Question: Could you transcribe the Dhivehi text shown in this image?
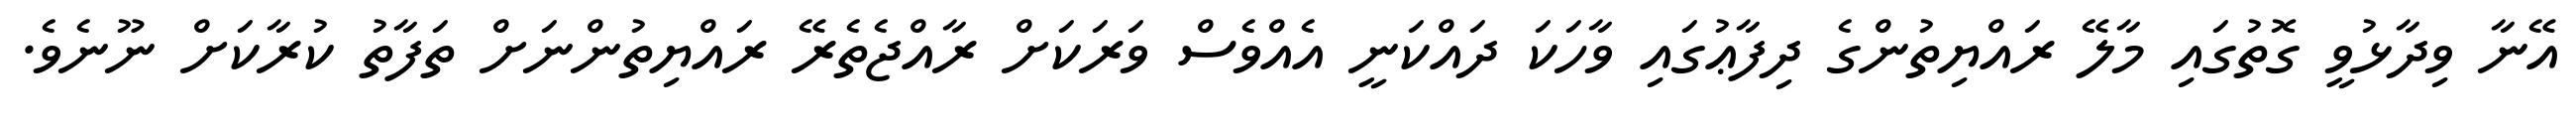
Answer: އޭނާ ވިދާޅުވީ ގޮތުގައި މާލޭ ރައްޔިތުންގެ ދިފާޢުގައި ވާހަކަ ދައްކަނީ އެއްވެސް ވަރަކަށް ރާއްޖެތެރޭ ރައްޔިތުންނަށް ތަފާތު ކުރާކަށް ނޫނެވެ.